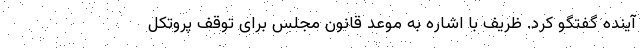
آینده گفتگو کرد. ظریف با اشاره به موعد قانون مجلس برای توقف پروتکل